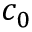
c _ { 0 }